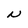
Character: N